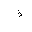
Letter: _thal